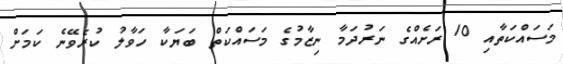
މަސައްކަތާއި 10 ރަށެއްގެ ނަރުދަމާ ނިޒާމުގެ މަސައްކަތް ބަޔަކާ ހަވާލު ކުރެވޭނެ ކަމަށް